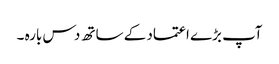
آپ بڑے اعتماد کے ساتھ دس بارہ ۔